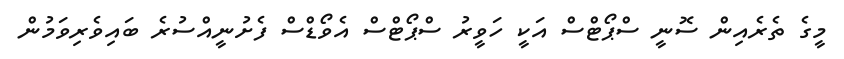
މީގެ ތެރެއިން ސޮނީ ސްޕޯޓްސް އަކީ ހަވީރު ސްޕޯޓްސް އެވޯޑްސް ފެށުނީއްސުރެ ބައިވެރިވަމުން